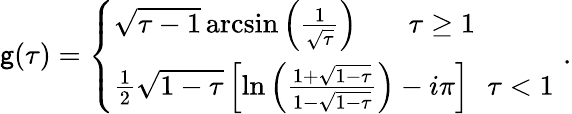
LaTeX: \mathsf{g}(\tau)=\left\{ \begin{array}{l}{{\sqrt{\tau-1}\, \mathrm{arcsin}\left(\frac{1}{\sqrt{\tau}}\right)\, \, \, \, \, \, \, \, \, \, \, \tau\geq 1}}\\ {{\frac{1}{2}\sqrt{1-\tau}\left[\mathrm{ln}\left(\frac{1+\sqrt{1-\tau}}{1-\sqrt{1-\tau}}\right)-i\pi\right]\, \, \, \, \tau<1}}\end{array}\right.\, \, .